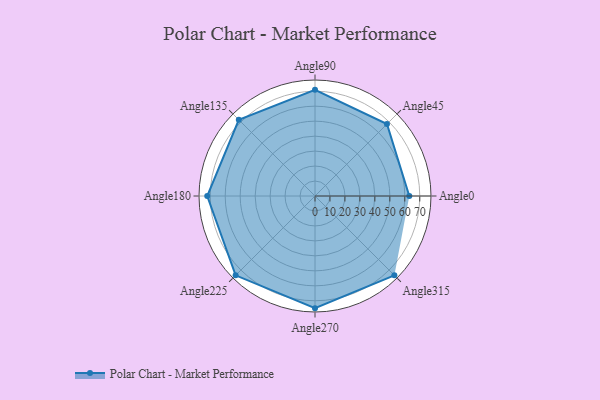
{"axis": {"x": "Angle", "y": "Radius"}, "legend": [""], "data": [{"x": "Angle0", "y": 63.0, "type": ""}, {"x": "Angle45", "y": 68.0, "type": ""}, {"x": "Angle90", "y": 71.0, "type": ""}, {"x": "Angle135", "y": 72.0, "type": ""}, {"x": "Angle180", "y": 72.0, "type": ""}, {"x": "Angle225", "y": 75.0, "type": ""}, {"x": "Angle270", "y": 75.0, "type": ""}, {"x": "Angle315", "y": 75.0, "type": ""}]}